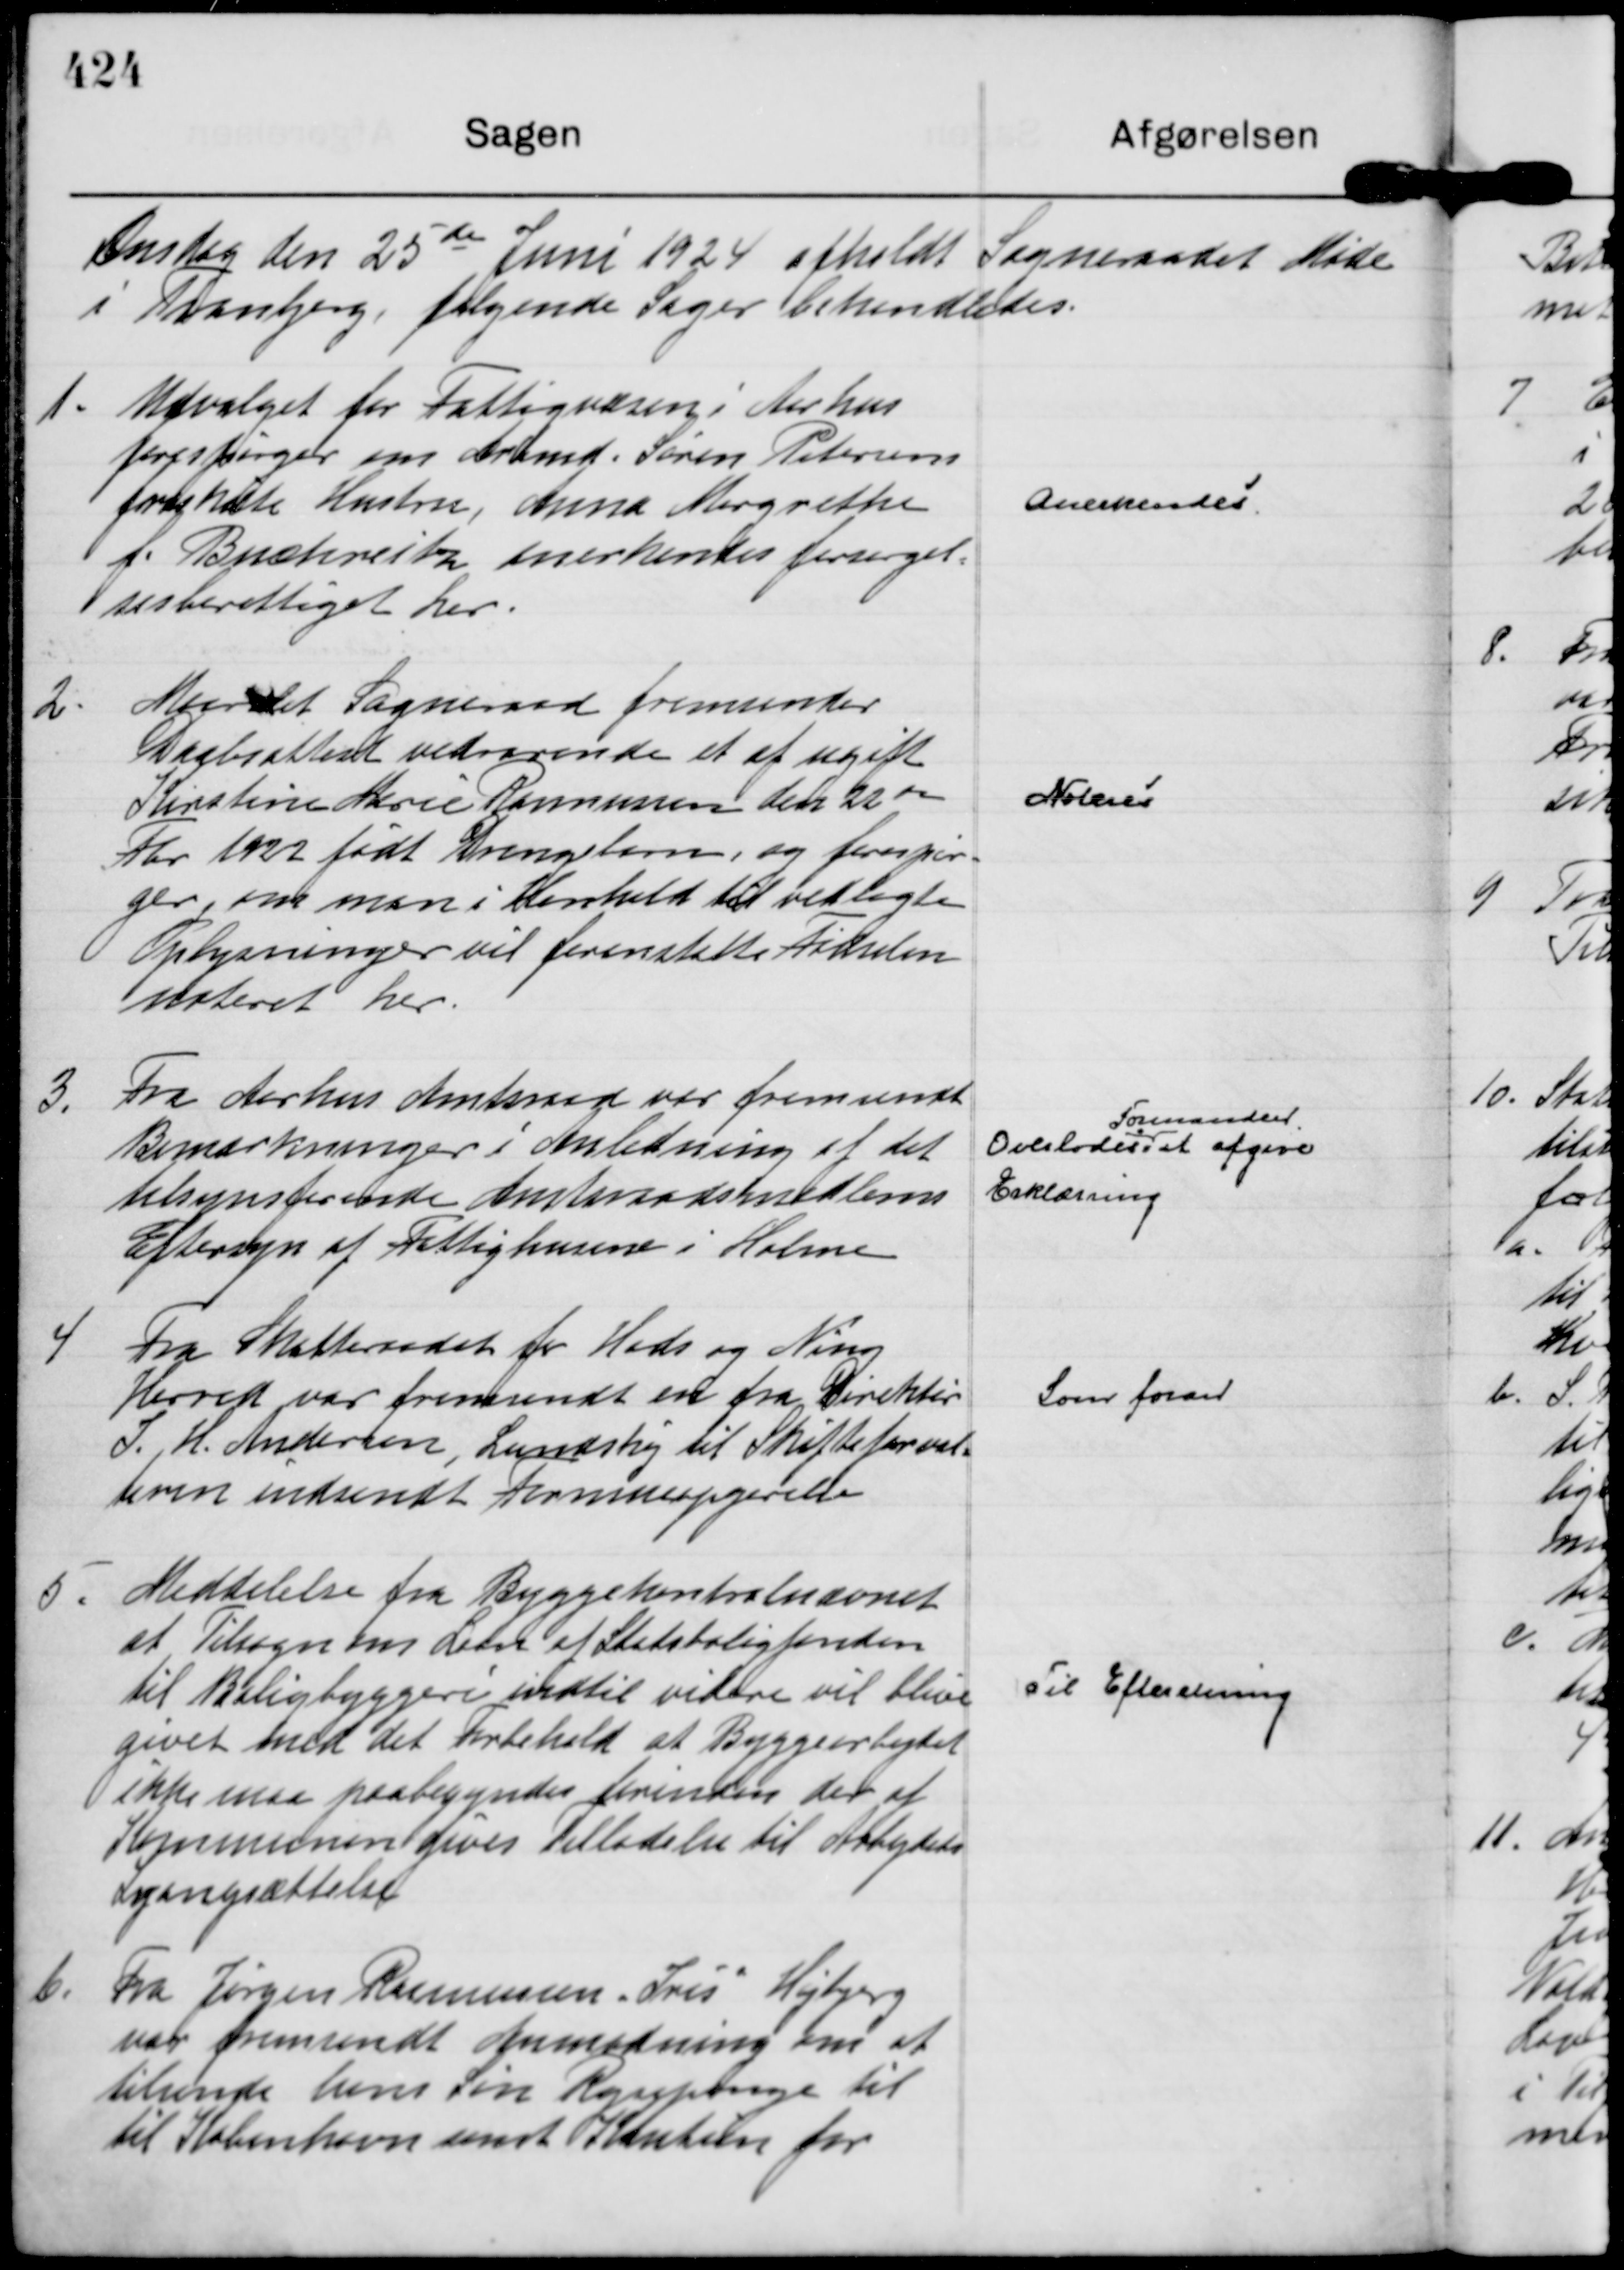
Transskription:
Onsdag den 25de

Juni 1924 afholdt Sogneraadet Møde
i Tranbjerg, følgende Sager behandledes.

1.
Udvalget for Fattigvæsen i Aarhus
forespørger om Arbmd. Søren Petersens
fraskilte Hustru, Anna Margrethe
f. Buchreitz anerkendes forsørgel=
sesberettiget her.

Anerkendes

2.
Maarslet Sogneraad fremsender
Daabsattest vedrørende et af ugift
Kirstine Marie Rasmussen den 22 de
Fbr 1922 født Drengebarn, og forespør=
ger, om man i Henhold til vedlagte
Oplysninger vil foranstalte Fødselen
noteret her.

Noteres

3.
Fra Aarhus Amtsraad var fremsendt
Bemærkninger i Anledning af det
tilsynsførende Amtsraadsmedlems
Eftersyn af Fattighusene i Holme

Overlodes
Formanden
at afgive
Erklæring

4
Fra Skatteraadet for Hads og Ning
Herred var fremsendt en fra Direktør
I. H. Andersen, Lundshøj til Skifteforval=
teren indsendt Formueopgørelse

Som foran

5.
Meddelelse fra Byggekontrolnævnet
at Tilsagn om Laan af Statsboligfonden
til Boligbyggeri indtil videre vil blive
givet med det Forbehold at Byggearbejdet
ikke maa paabegyndes forinden der af
Kommunen gives Tilladelse til Arbejdets
Igangsættelse

Til Efteretning

6.
Fra Jørgen Rasmussen "Iris"

Højbjerg
var fremsendt Anmodning om at 
tilsende hans Søn Rejsepenge til
til København samt Kaution for